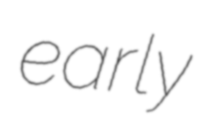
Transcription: early